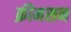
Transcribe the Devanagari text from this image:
क्रीमसन